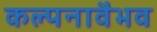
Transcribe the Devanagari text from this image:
कल्पनावैभव